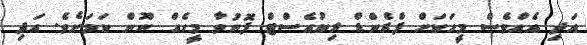
އަދި އެއްވެސް މީހަކަށް ފްރެންޑް ރިކުއެސްޓް ފޮނުވާ މީހެއް ނޫން ކަމަށެވެ. އަދި